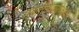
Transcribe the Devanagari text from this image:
संकेतस्थळांपेक्षाही